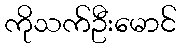
ကိုသက်ဦးမောင်